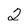
Character: 2